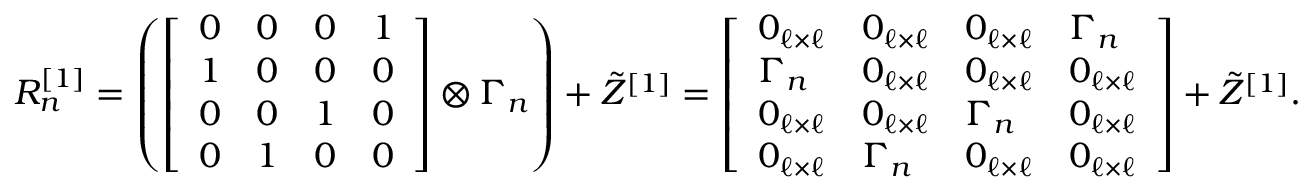
\begin{array} { r } { R _ { n } ^ { [ 1 ] } = \left( \left[ \begin{array} { l l l l } { 0 } & { 0 } & { 0 } & { 1 } \\ { 1 } & { 0 } & { 0 } & { 0 } \\ { 0 } & { 0 } & { 1 } & { 0 } \\ { 0 } & { 1 } & { 0 } & { 0 } \end{array} \right] \otimes \Gamma _ { n } \right) + \Tilde { Z } ^ { [ 1 ] } = \left[ \begin{array} { l l l l } { 0 _ { \ell \times \ell } } & { 0 _ { \ell \times \ell } } & { 0 _ { \ell \times \ell } } & { \Gamma _ { n } } \\ { \Gamma _ { n } } & { 0 _ { \ell \times \ell } } & { 0 _ { \ell \times \ell } } & { 0 _ { \ell \times \ell } } \\ { 0 _ { \ell \times \ell } } & { 0 _ { \ell \times \ell } } & { \Gamma _ { n } } & { 0 _ { \ell \times \ell } } \\ { 0 _ { \ell \times \ell } } & { \Gamma _ { n } } & { 0 _ { \ell \times \ell } } & { 0 _ { \ell \times \ell } } \end{array} \right] + \tilde { Z } ^ { [ 1 ] } . } \end{array}